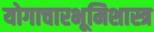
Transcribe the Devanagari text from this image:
योगाचारभूमिशास्त्र